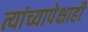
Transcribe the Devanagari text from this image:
त्यांच्यापेक्षाही